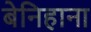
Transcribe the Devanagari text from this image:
बेनिहाना